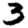
Digit: 3